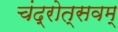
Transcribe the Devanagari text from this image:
चंद्रोत्सवम्